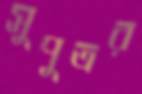
সুপুত্রর